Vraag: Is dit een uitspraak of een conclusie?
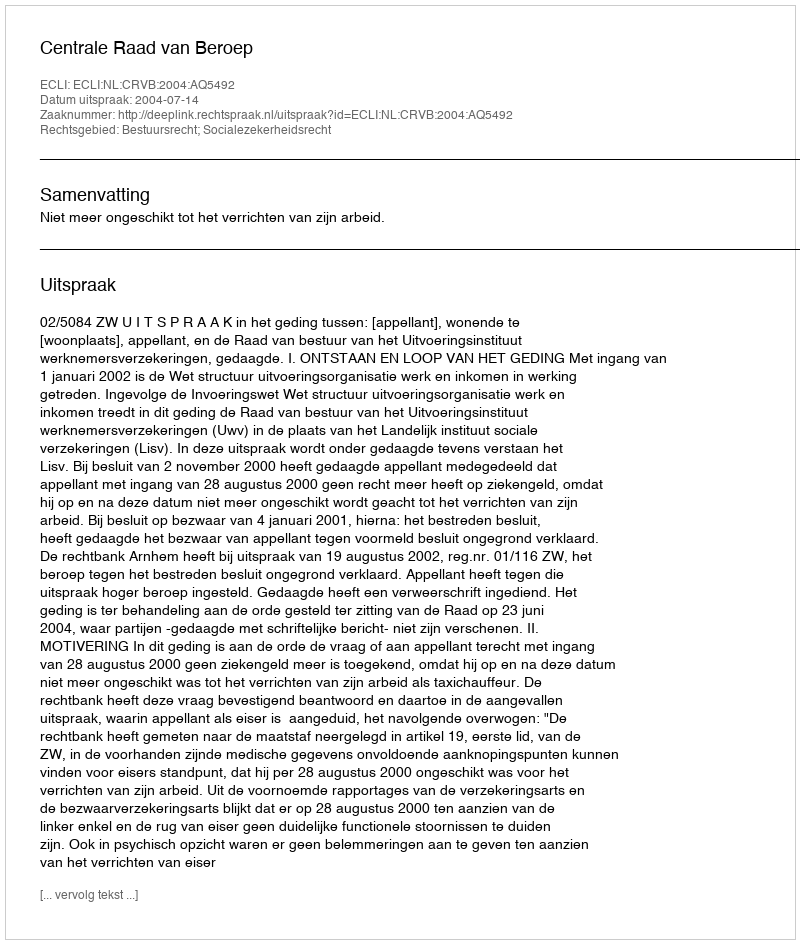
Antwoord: Uitspraak